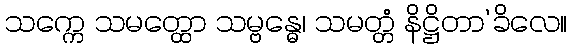
သက္ကေ သမတ္ထော သမ္ဗန္ဓေ၊ သမတ္တံ နိဋ္ဌိတာ’ခိလေ။